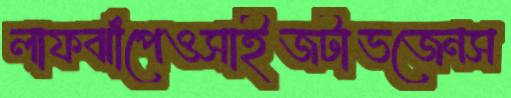
লাফঝাঁপেওসাইজটাভজেনস